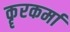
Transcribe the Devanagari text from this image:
कॄरकर्मा